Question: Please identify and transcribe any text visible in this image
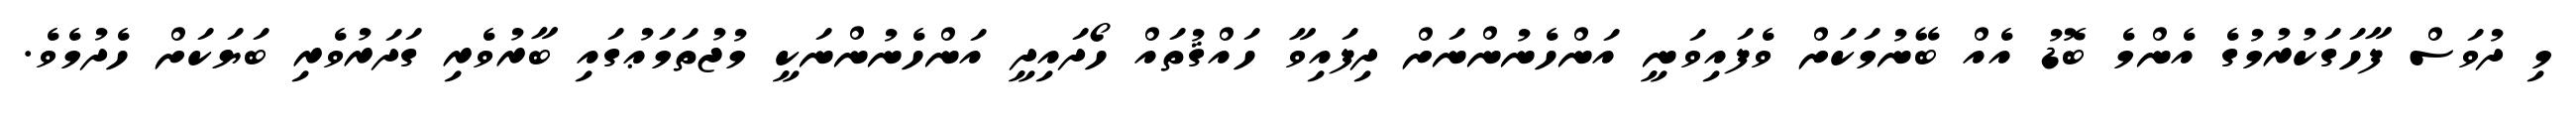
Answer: މި ދުވަސް ފާހަގަކުރުމުގެ އެންމެ ބޮޑު އެއް ބޭނުމަކަށް ވެފައިވަނީ އަންހެނުންނަށް ދިފައިވާ ހައްޤުތައް ހޯދައިދީ އަންހެނުންނަކީ މުޖުތަމަޢުގައި ބާރުވެރި ގަދަރުވެރި ބަޔަކަށް ހެދުމެވެ.